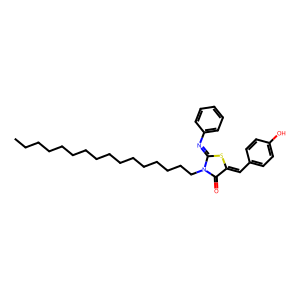
SMILES: CCCCCCCCCCCCCCCCN1C(=O)C(=Cc2ccc(O)cc2)SC1=Nc1ccccc1
Inhibits HIV replication: No